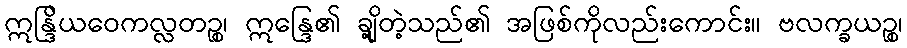
ဣန္ဒြိယဝေကလ္လတဉ္စ၊ ဣန္ဒြေ၏ ချို့တဲ့သည်၏ အဖြစ်ကိုလည်းကောင်း။ ဗလက္ခယဉ္စ၊